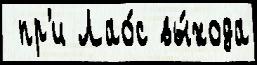
 пр'и Лао́с вы́хода